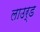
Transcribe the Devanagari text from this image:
लाउर्ड